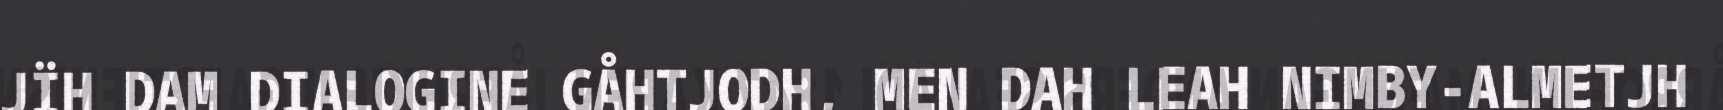
JÏH DAM DIALOGINE GÅHTJODH, MEN DAH LEAH NIMBY-ALMETJH